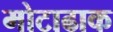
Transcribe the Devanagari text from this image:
मोटाढाक